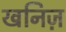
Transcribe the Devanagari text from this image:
खनिज़